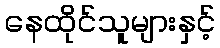
နေထိုင်သူများနှင့်